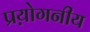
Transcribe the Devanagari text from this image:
प्रय़ोगनीय